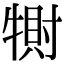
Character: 𤛀